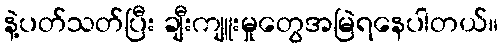
နဲ့ပတ်သတ်ပြီး ချီးကျူးမှုတွေအမြဲရနေပါတယ်။